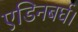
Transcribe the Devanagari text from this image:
एडिनबर्घ।